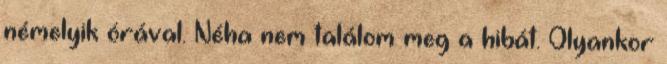
némelyik órával. Néha nem találom meg a hibát. Olyankor